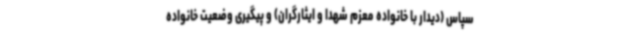
سپاس (دیدار با خانواده معزم شهدا و ایثارگران) و پیگیری وضعیت خانواده